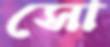
সো